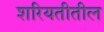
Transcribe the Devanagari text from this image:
शरियतीतील